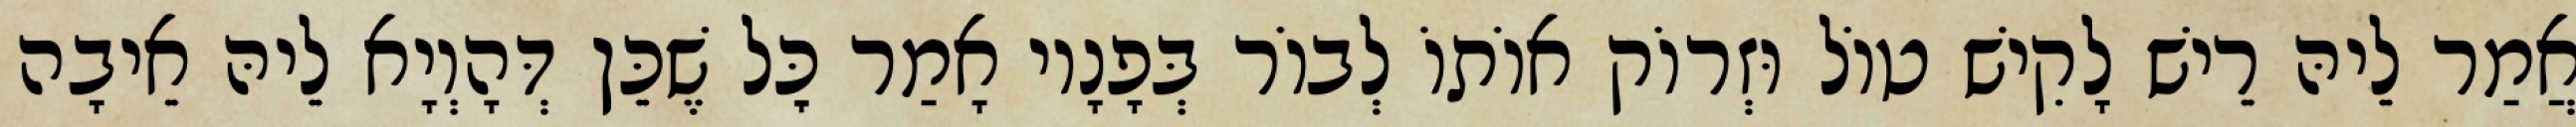
אֲמַר לֵיהּ רֵישׁ לָקִישׁ טוֹל וּזְרוֹק אוֹתוֹ לְבוֹר בְּפָנָיו אָמַר כׇּל שֶׁכֵּן דְּהָוְיָא לֵיהּ אֵיבָה